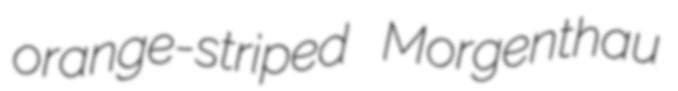
orange-striped Morgenthau